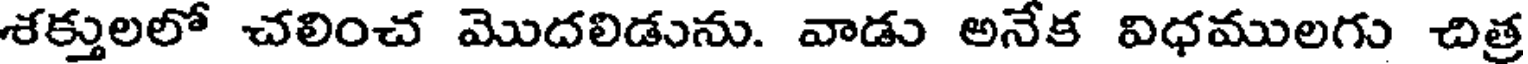
శక్తులలో చలించ మొదలిడును. వాడు అనేక విధములగు చిత్ర